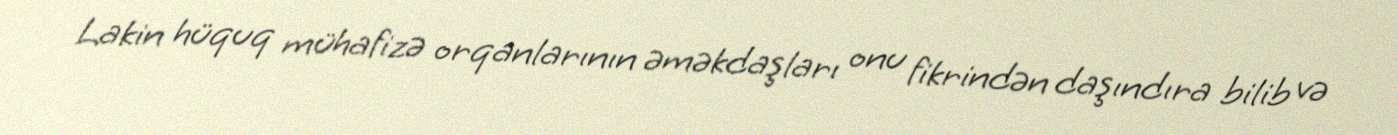
Lakin hüquq mühafizə orqanlarının əməkdaşları onu fikrindən daşındıra bilib və